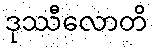
ဒုဿီလောတိ